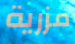
مزرية